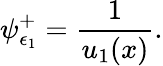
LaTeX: \psi_{\epsilon_{1}}^{+}=\frac{1}{u_{1}(x)}.